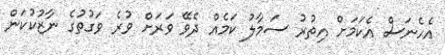
އެހެނަސް އެކަމަށް އިތުރު ސަމާލު ކަމެއް ދެވޭ ވަރަށް ވުރެ ވަގުތުގެ ނާޒުކުކަން